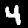
Label: 4